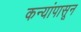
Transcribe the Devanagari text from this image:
कन्यांपासून